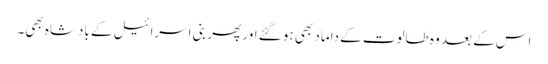
اس کے بعد وہ طالوت کے داماد بھی ہو گئے اور پھر بنی اسرائیل کے بادشاہ بھی۔